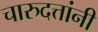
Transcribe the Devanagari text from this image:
चारुदत्तांनी